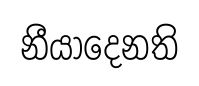
නීයාදෙනති